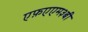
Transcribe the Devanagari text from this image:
एफ़एएम३बी